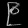
Digit: ၉